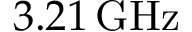
3 . 2 1 \, \mathrm { G H z }